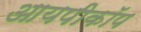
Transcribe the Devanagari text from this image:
आयपीकॉप